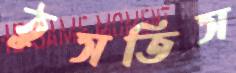
ঠুসতিস